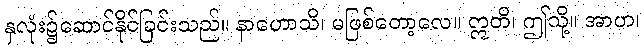
နှလုံး၌ဆောင်နိုင်ခြင်းသည်။ နာဟောသိ၊ မဖြစ်တော့လေ။ ဣတိ၊ ဤသို့။ အာဟ၊